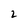
Character: 2